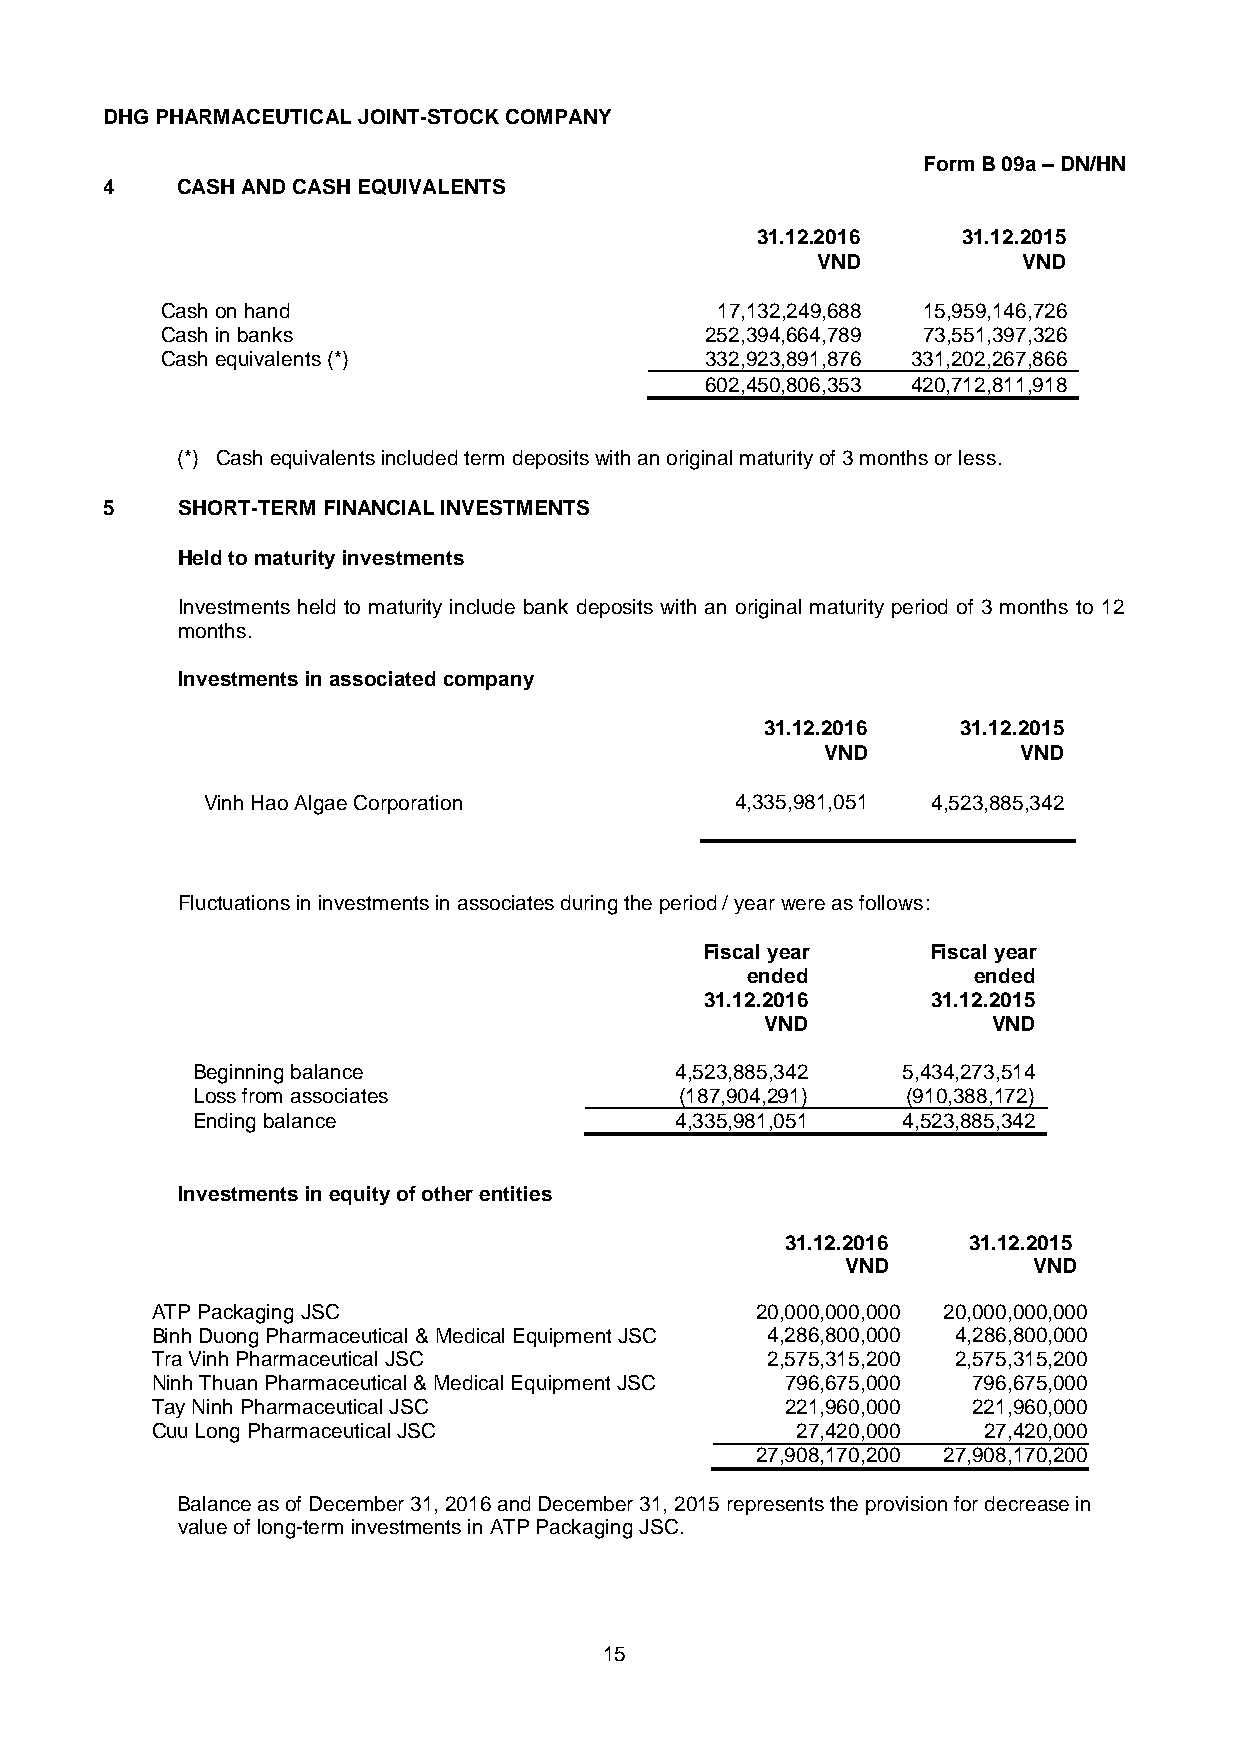
DHG PHARMACEUTICAL JOINT-STOCK COMPANY
 Form B 09a – DN/HN
 4    CASH AND CASH EQUIVALENTS
 31.12.2016    31.12.2015
 VND           VND
 Cash on hand                        17,132,249,688 15,959,146,726
 Cash in banks                       252,394,664,789 73,551,397,326
 Cash equivalents (*)                332,923,891,876 331,202,267,866
 602,450,806,353 420,712,811,918
 (*) Cash equivalents included term deposits with an original maturity of 3 months or less.
 5    SHORT-TERM FINANCIAL INVESTMENTS
 Held to maturity investments
 Investments held to maturity include bank deposits with an original maturity period of 3 months to 12
 months.
 Investments in associated company
 31.12.2016   31.12.2015
 VND          VND
 Vinh Hao Algae Corporation          4,335,981,051 4,523,885,342
 Fluctuations in investments in associates during the period / year were as follows:
 Fiscal year    Fiscal year
 ended          ended
 31.12.2016     31.12.2015
 VND            VND
 Beginning balance               4,523,885,342  5,434,273,514
 Loss from associates            (187,904,291)  (910,388,172)
 Ending balance                  4,335,981,051  4,523,885,342
 Investments in equity of other entities
 31.12.2016  31.12.2015
 VND         VND
 ATP Packaging JSC                       20,000,000,000 20,000,000,000
 Binh Duong Pharmaceutical & Medical Equipment JSC 4,286,800,000 4,286,800,000
 Tra Vinh Pharmaceutical JSC              2,575,315,200 2,575,315,200
 Ninh Thuan Pharmaceutical & Medical Equipment JSC 796,675,000 796,675,000
 Tay Ninh Pharmaceutical JSC               221,960,000 221,960,000
 Cuu Long Pharmaceutical JSC                27,420,000  27,420,000
 27,908,170,200 27,908,170,200
 Balance as of December 31, 2016 and December 31, 2015 represents the provision for decrease in
 value of long-term investments in ATP Packaging JSC.
 15